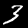
Digit: 3